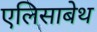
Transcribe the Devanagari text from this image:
एलिसाबेथ